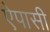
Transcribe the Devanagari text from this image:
ऐपासी